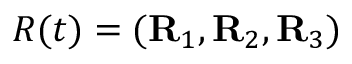
R ( t ) = ( { \bf R } _ { 1 } , { \bf R } _ { 2 } , { \bf R } _ { 3 } )